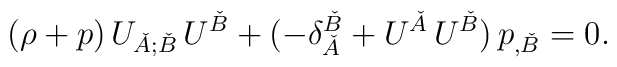
(\rho + p)\, U_{\check{A};\check{B}}\, U^{\check{B}} + (-\delta^{\check{B}}_{\check{A}} + U^{\check{A}}\, U^{\check{B}})\,p_{,\check{B}} = 0.